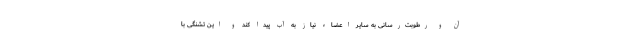
آن و رطوبت‌رسانی به سایر اعضاء نیاز به آب پیدا کند و این تشنگی با